Scottish Leaving Certificate Examination, 1951
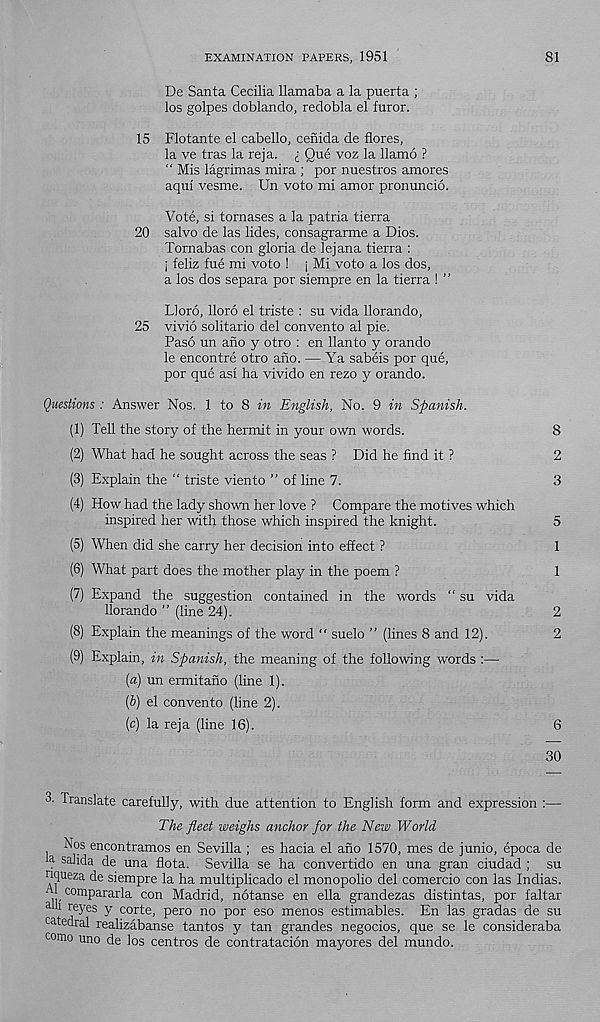
EXAMINATION PAPERS, 1951
81
De Santa Cecilia llamaba a la puerta ;
los golpes doblando, redobla el furor.
15 Flotante el cabello, cenida de flores,
la ve tras la reja.
Que voz la llamo ?
“ Mis lagrimas mira ; por nuestros amores
aqul vesme. Un voto mi amor pronuncio.
Vote, si tornases a la patria tierra
20 salvo de las lides, consagrarme a Dios.
Tornabas con gloria de lejana tierra :
i feliz fue mi voto ! j Mi voto a los dos,
a los dos separa por siempre en la tierra ! ’ ’
Lloro, lloro el triste : su vida llorando,
25 vivid solitario del convento al pie.
Paso un ano y otro : en llanto y orando
le encontre otro ano. — Ya sabeis por que,
por que asi ha vivido en rezo y orando.
Questions : Answer Nos. 1 to 8 in English, No. 9 in Spanish.
(1) Tell the story of the hermit in your own words.
8
(2) What had he sought across the seas ? Did he find it ?
2
(3) Explain the “ triste viento ” of line 7.
3
(4) How had the lady shown her love ? Compare the motives which
inspired her with those which inspired the knight.
5
(5) When did she carry her decision into effect ?
1
(6) What part does the mother play in the poem ?
1
(7) Expand the suggestion contained in the words “ su vida
llorando ” (line 24).
2
(8) Explain the meanings of the word " suelo ” (lines 8 and 12).
2
(9) Explain, in Spanish, the meaning of the following words :—
(а) un ermitano (line 1).
(б) el convento (line 2).
(c) la reja (line 16).
6
30
3- Translate carefully, with due attention to English form and expression :—
The fleet weighs anchor for the New World
Nos encontramos en Sevilla ; es hacia el ano 1570, mes de junio, epoca de
a salida de una flota. Sevilla se ha convertido en una gran ciudad ; su
nqueza de siempre la ha multiplicado el monopolio del comercio con las Indias.
Al compararla con Madrid, notanse en ella grandezas distintas, por faltar
a 1 rcyes y corte, pero no por eso menos estimables. En las gradas de su
catedral realizabanse tantos y tan grandes negocios, que se le consideraba
como uno de los centros de contratacion mayores del mundo.